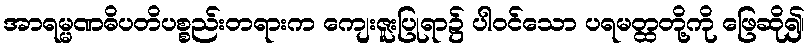
အာရမ္မဏဓိပတိပစ္စည်းတရားက ကျေးဇူးပြုရာ၌ ပါဝင်သော ပရမတ္ထတို့ကို ဖြေဆို၍၊